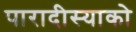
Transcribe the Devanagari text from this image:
पारादीस्याको